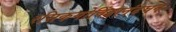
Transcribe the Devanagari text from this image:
रसिकगोविंदानंदघन